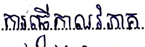
ការធ្វើកាលវិភាគ